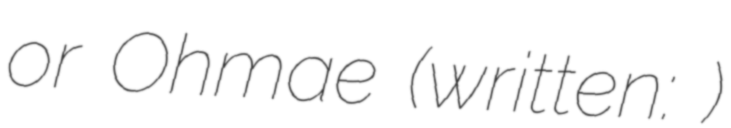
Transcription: or Ohmae (written: 大前)